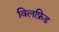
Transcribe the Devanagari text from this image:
विलफ्रिड